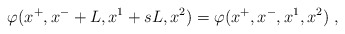
\begin{align*} \varphi(x^+,x^-+L,x^1+sL,x^2)= \varphi(x^+,x^-,x^1,x^2) \;,\end{align*}